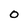
Character: 0